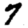
Digit: 7